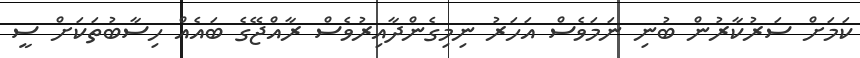
ކަމަށް ސަރުކާރުން ބުނި ނަމަވެސް އަހަރު ނިމިގެންދާއިރުވެސް ރާއްޖޭގެ ބައެއް ހިސާބުތަކަށް ސީ